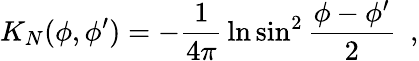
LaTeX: K_{N}(\phi,\phi^{\prime})=-{\frac{1}{4\pi}}\ln\sin^{2}{\frac{\phi-\phi^{\prime}}{2}}~~,